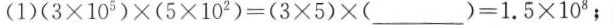
(1) $$( 3 \times 1 0 ^ { 5 } ) \times (5 \times 1 0 ^ { 2 } ) = ( 3 \times 5 ) \times ( ___ ) = 1 . 5 \times 10 ^ { 8 }$$ ；